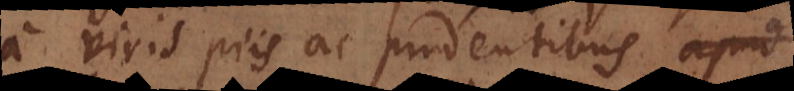
a viris piis ac prudentibus apud